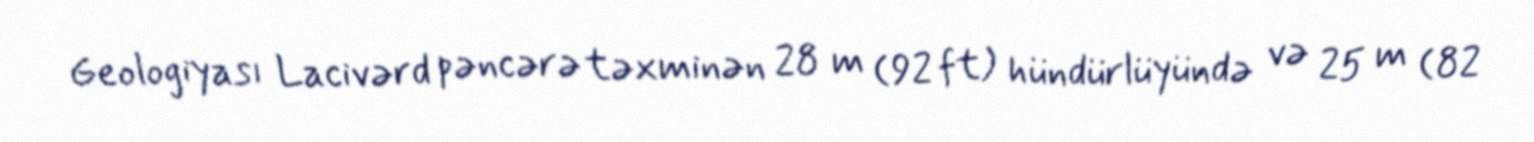
Geologiyası Lacivərd pəncərə təxminən 28 m (92 ft) hündürlüyündə və 25 m (82